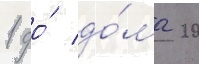
1 до́ до́ма 20